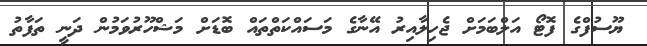
ޔޫސުފްގެ ފޮޓޯ އަލްބަމަށް ޖެހިލާއިރު އޭނާގެ މަސައްކަތްތައް ބޮޑަށް މަޝްހޫރުވަމުން ދަނީ ތަފާތު